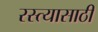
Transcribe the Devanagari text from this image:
रस्त्यासाठी